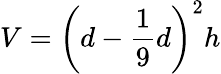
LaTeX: V={\bigg(}d-{\frac{1}{9}}d{\bigg)}^{2}h